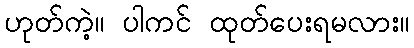
ဟုတ်ကဲ့။ ပါကင် ထုတ်ပေးရမလား။